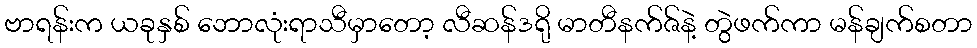
ဗာရန်းက ယခုနှစ် ဘောလုံးရာသီမှာတော့ လီဆန်ဒရို မာတီနက်ဇ်နဲ့ တွဲဖက်ကာ မန်ချက်စတာ